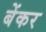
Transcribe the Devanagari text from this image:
बेंकर